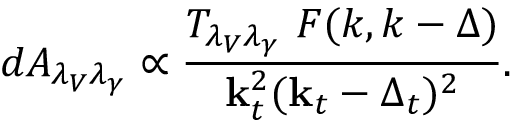
d { \cal A } _ { \lambda _ { V } \lambda _ { \gamma } } \propto { \frac { T _ { \lambda _ { V } \lambda _ { \gamma } } \ { \cal F } ( k , k - \Delta ) } { { \bf k } _ { t } ^ { 2 } ( { \bf k } _ { t } - \Delta _ { t } ) ^ { 2 } } } .